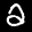
Label: 2